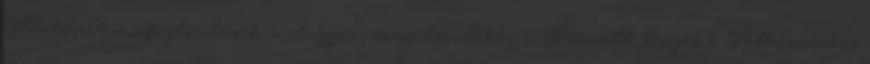
Módszertani fejlesztések a drogprevenció területén c. Kiemelt Projekt Felhívásához